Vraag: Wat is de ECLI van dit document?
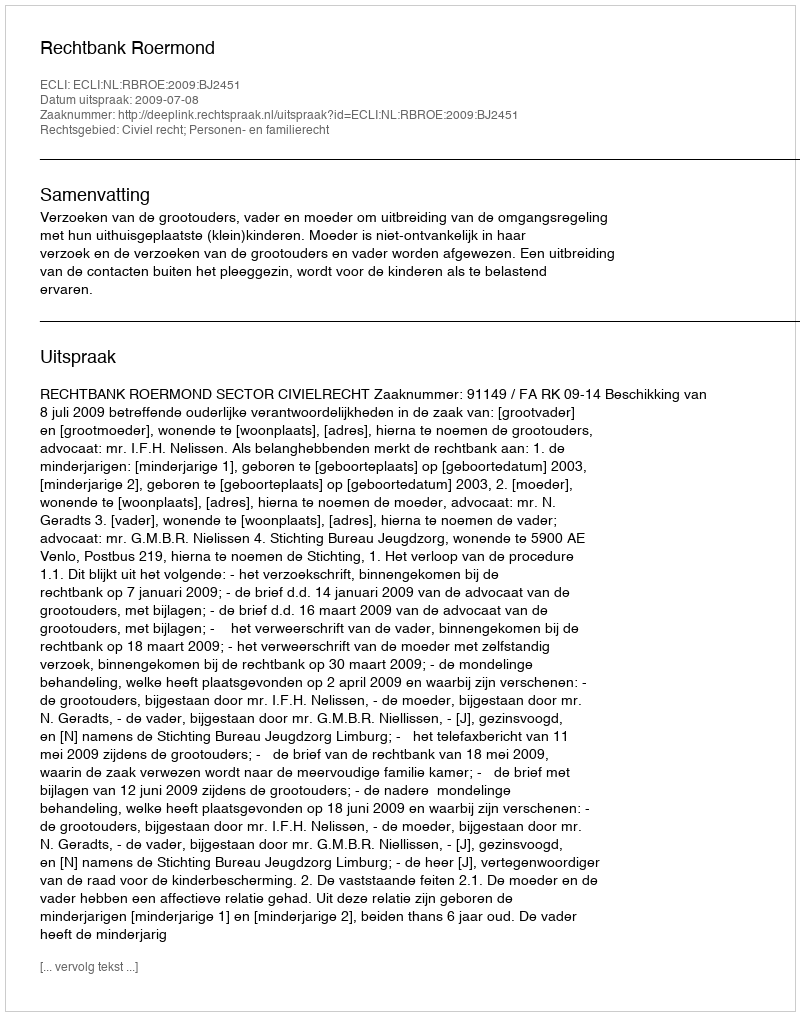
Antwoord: ECLI:NL:RBROE:2009:BJ2451